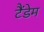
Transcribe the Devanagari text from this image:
टैंडेम